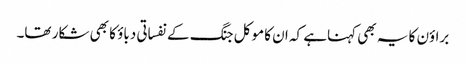
براؤن کا یہ بھی کہناہے کہ ان کا موکل جنگ کے نفساتی دباؤ کا بھی شکار تھا۔